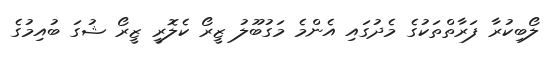
ލޯބިކުރާ ފަރާތްތަކުގެ މެދުގައި އެންމެ މަގުބޫލު ޒީރޯ ކެލޮރީ ޒީރޯ ޝުގަ ބުއިމުގެ